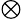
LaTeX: \mathbf{\otimes}